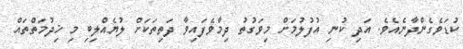
ކުޑަވެގެންދާނެއެވެ. އަދި ކުނި އުފުލުމަށް މިވަގުތު ދިމާވެފައިވާ ދަތިތަކަށް ލުޔެއްލިބި މި ޚިދުމަތްތައް